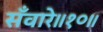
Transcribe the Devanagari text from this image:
सँवारे॥१०॥